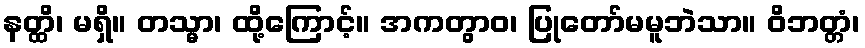
နတ္ထိ၊ မရှိ။ တသ္မာ၊ ထို့ကြောင့်။ အကတွာဝ၊ ပြုတော်မမူဘဲသာ။ ဝိဘတ္တံ၊